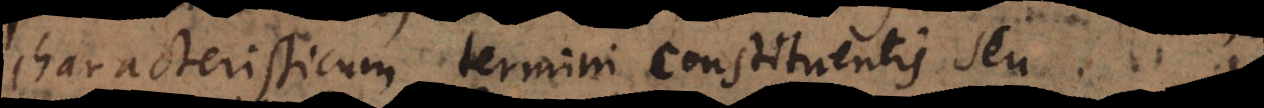
characteristicum termini constituentis seu